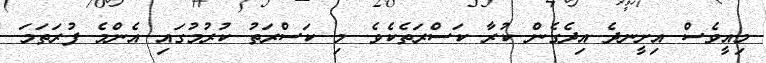
މިއީވެސް އިށީނދެ އިދެގެން ކުރާ ކަސްރަތެކެވެ. މި ކަސްރަތު ކުރުމުގައި އެންމެ ފުރަތަމަ